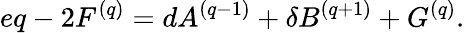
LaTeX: eq-2F^{(q)}=dA^{(q-1)}+\delta B^{(q+1)}+G^{(q)}.